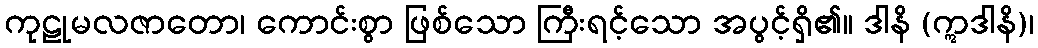
ကုဠုမလဇာတော၊ ကောင်းစွာ ဖြစ်သော ကြီးရင့်သော အပွင့်ရှိ၏။ ဒါနိ (ဣဒါနိ)၊